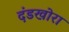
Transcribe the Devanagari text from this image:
दंडखोरा